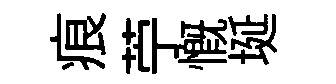
痕苧慨埏